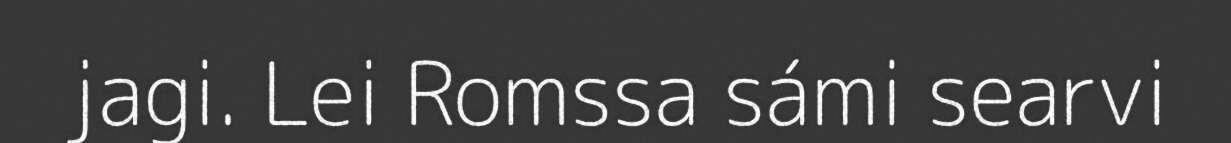
jagi. Lei Romssa sámi searvi